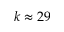
k \approx 2 9